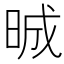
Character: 晠